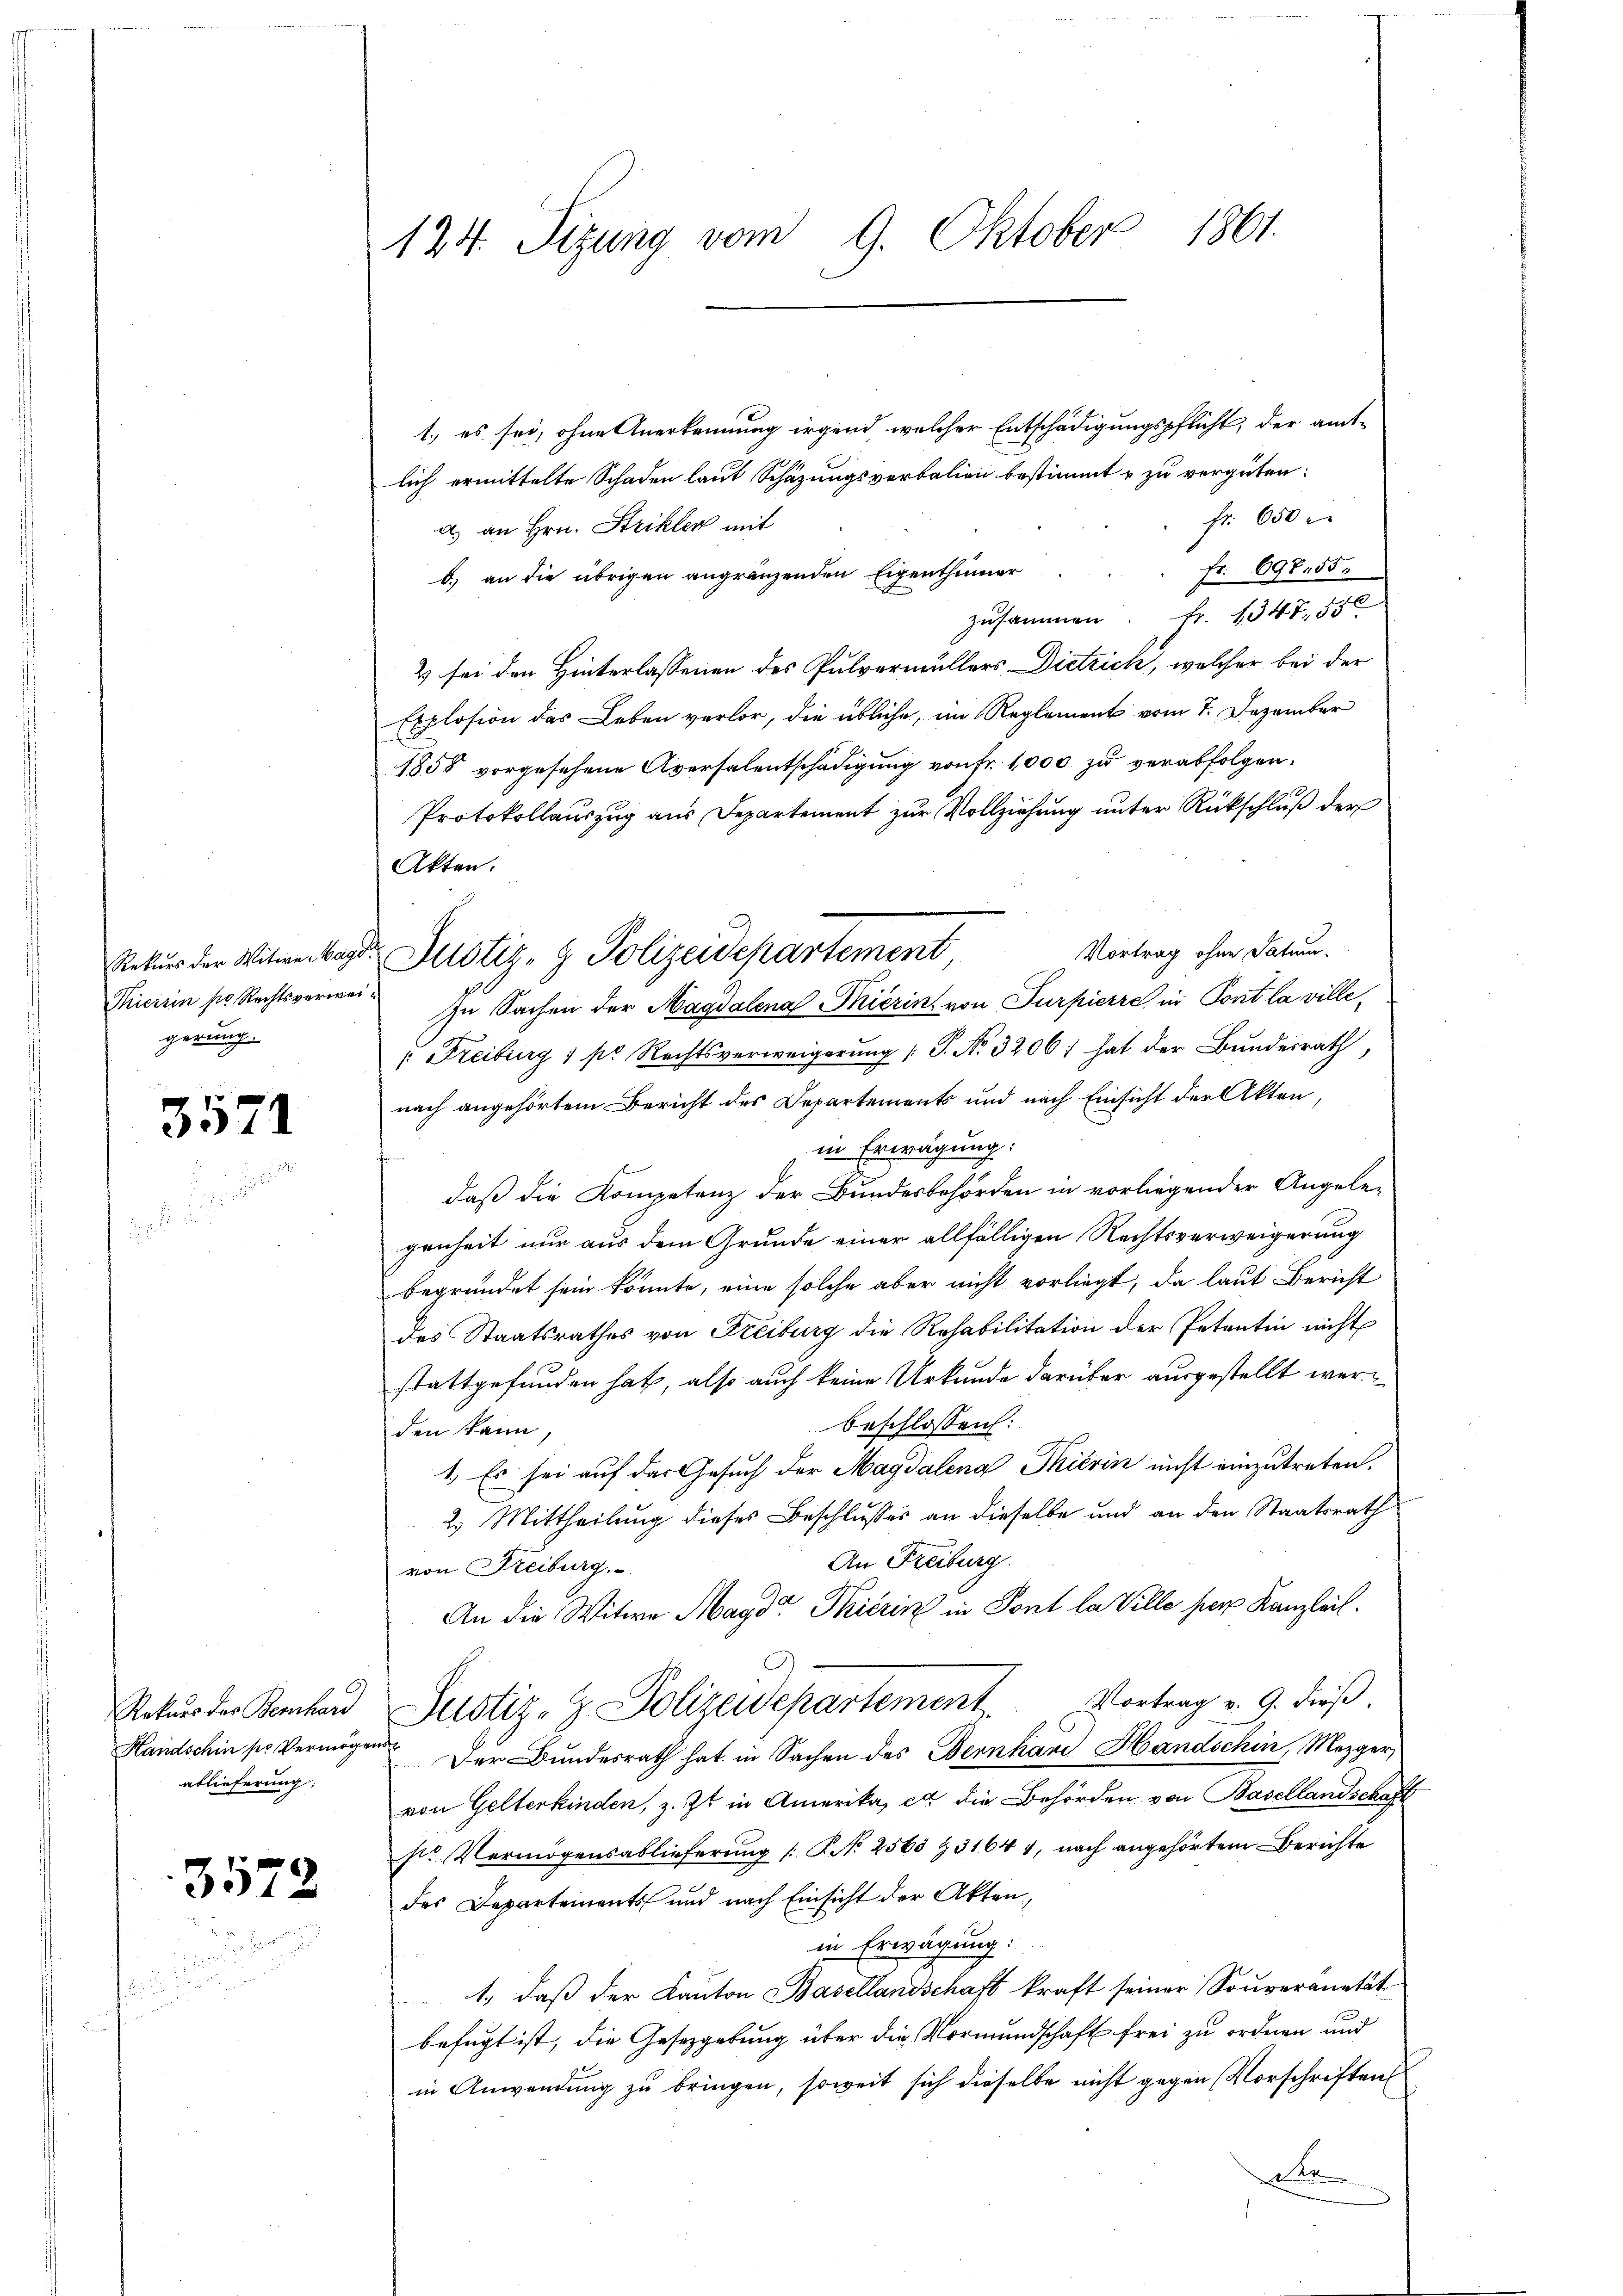
Rekurs der Witwe Magi
Tieirin pr Rechtsverwei
gerung.

3571

Rekurs der Bernhard
Handschin pr. Vermöge
ablieferung

3572

124. Sitzung vom 9. Oktober 1861.

1., es sei, ohne Anerkennung irgend, welcher Entschädigungspflicht, der amtlich ermittelte Schaden laut Schazungsverbalien bestimmt u zu vergüten:
Fr. 650
a) an Hrn. Strikler mit
Fr. 698455.
b) an die übrigen angränzenden Eigenthümer
zusammen. Fr. 1347, 55
2 sei den Hinterlassenen des Pulvermüllers Dietrich, welcher bei der
Explosion das Leben verlor, die übliche, im Reglement vom 7. Dezember
1855 vorgesehene Aversalentschädigung von Fr. 1,000 zu verabfolgen.
Protokollauszug aus Departement zur Vollziehung unter Rückschluß der
Akten.
Vortrag ohne Datum.
Justiz- & Polizeidepartement
In Sachen der Magdalena Thierin von Turpierre in Pont la ville¬
" Freiburg 1 pr. Rechtsverweigerŭng / P. Nr. 3206; hat der Bundesrath,
nach angehörtem Bericht des Departements und nach Einsicht der Akten
in Erwägung:
daß die Kompetenz der Bundesbehörden in vorliegender Angele-
genheit nur aus dem Grunde einer allfälligen Rechtsverweigerung
begründet sein könnte, eine solche aber nicht vorliegt, da laut Bericht
des Staatsrathes von Freiburg die Rehabilitation der Petentin nicht
stattgefunden hat, also auch keine Urkunde darüber ausgestellt werbeschlossen:
den kann,
1.) Es sei auf das Gesuch der Magdalena Thierin nicht einzutreten.
2.) Mittheilung dieses Beschlusses an dieselbe und an den Staatsrath
An Freiburg
von Freiburg.
An die Witwe Magd Thierin in Pont la Ville per Kanzleit
Justiz- & Polizeidepartement. Vortrag v. 9. dieß.
 Der Bundesrath hat in Sachen des Bernhand Handschen, Mezger,
von Gelterkinden, z. Zt. in Amerika, et die Behörden von Basellandschaft
st. Vermögensablieferung [P No 2563 & 3164 1, nach angehörtem Berichte
des Departements und nach Einsicht der Akten,
in Erwägung:
1., daß der Kanton Basellandschaft kraft seiner Souveranetät
befugt ist, die Gesetzgebung über die Vormundschaft frei zu ordnen und
in Anwendung zu bringen, soweit sich dieselbe nicht gegen Vorschriften
Str